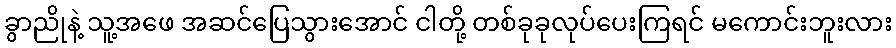
ခွာညိုနဲ့ သူ့အဖေ အဆင်ပြေသွားအောင် ငါတို့ တစ်ခုခုလုပ်ပေးကြရင် မကောင်းဘူးလား